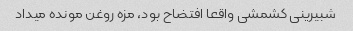
شبیرینی کشمشی واقعا افتضاح بود، مزه روغن مونده میداد